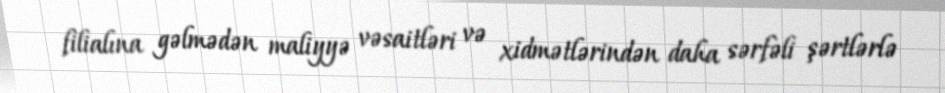
filialına gəlmədən maliyyə vəsaitləri və xidmətlərindən daha sərfəli şərtlərlə